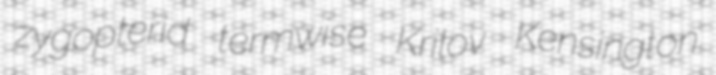
zygopterid termwise Krilov Kensington